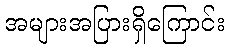
အများအပြားရှိကြောင်း